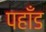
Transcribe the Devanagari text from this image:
पहाँड